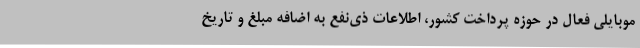
موبایلی فعال در حوزه پرداخت کشور، اطلاعات ذی‌نفع به اضافه مبلغ و تاریخ